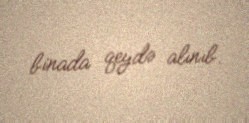
binada qeydə alınıb.